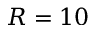
R = 1 0